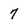
Character: 7